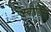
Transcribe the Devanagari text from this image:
स्वीडिस्